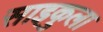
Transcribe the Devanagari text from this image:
साइकुला